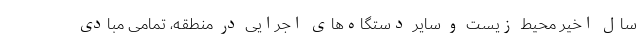
سال اخیر محیط زیست و سایر دستگاه‌های اجرایی در منطقه، تمامی مبادی